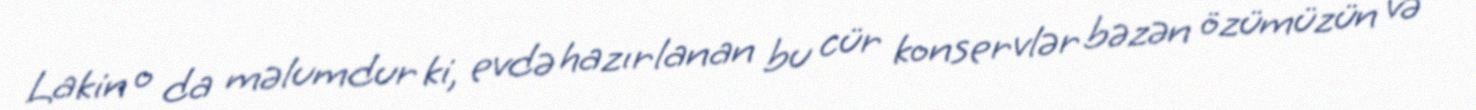
Lakin o da məlumdur ki, evdə hazırlanan bu cür konservlər bəzən özümüzün və